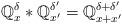
LaTeX: \begin{align*}\mathbb{Q}_x^\delta*\mathbb{Q}_{x'}^{\delta'}=\mathbb{Q}_{x+x'}^{\delta+\delta'}\end{align*}